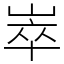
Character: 崒